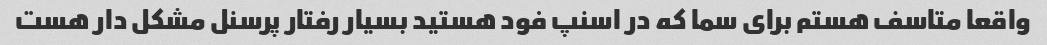
واقعا متاسف هستم برای سما که در اسنپ فود هستید بسیار رفتار پرسنل مشکل دار هست